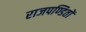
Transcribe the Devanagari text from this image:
राजपण्डितों